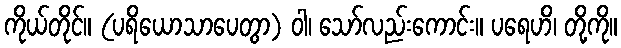
ကိုယ်တိုင်။ (ပရိယောသာပေတွာ) ဝါ၊ သော်လည်းကောင်း။ ပရေဟိ၊ တို့ကို။